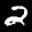
Label: 2